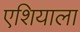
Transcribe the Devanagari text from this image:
एशियाला